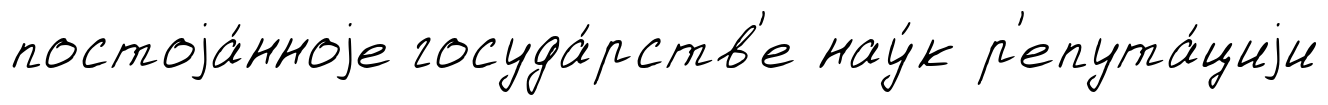
постоjа́нноjе госуда́рств'е нау́к р'епута́циjи